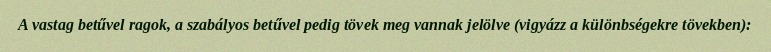
A vastag betűvel ragok, a szabályos betűvel pedig tövek meg vannak jelölve (vigyázz a különbségekre tövekben):